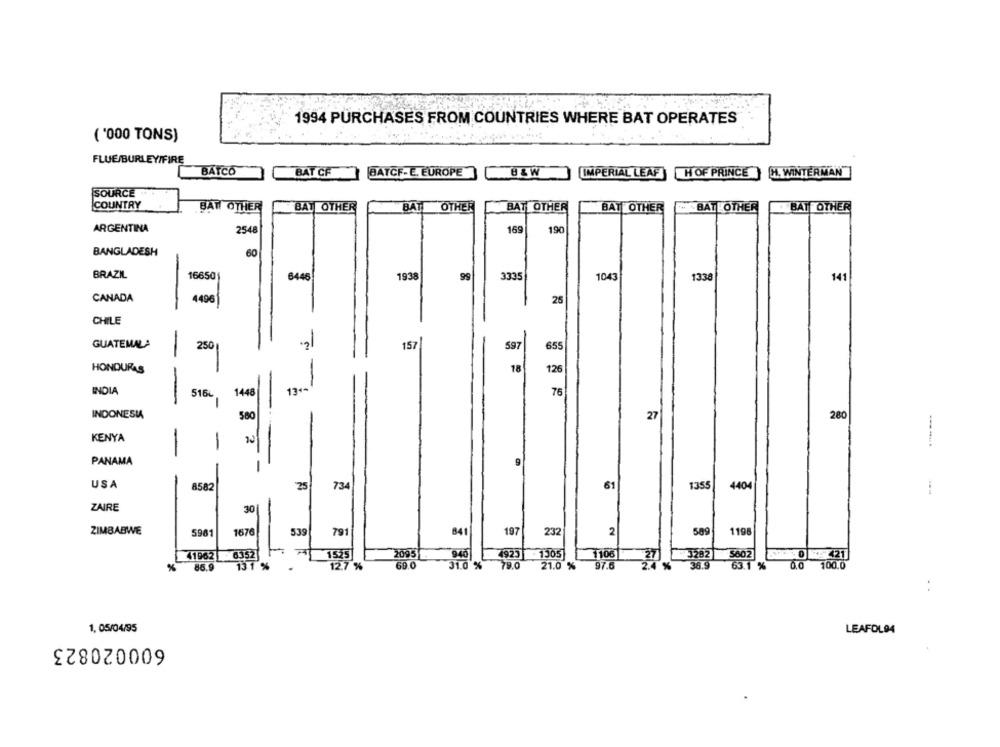
1994 PURCHASES FROM COUNTRIES WHERE BAT OPERATES
( '000 TONS)
FLUE/BURLEY/FIRE
BATCO
BAT CF
BATCF- E. EUROPE
8LW
IMPERIAL LEAF]
HOF PRINCE
H. WINTERMAN
SOURCE
COUNTRY
BATI OTHER
BAT OTHER
BAT OTHER
BAT OTHER
BAT OTHER
* BAT OTHER
BAT OTHER
ARGENTINA
2548
169
190
BANGLADESH
60
BRAZIL
16650
644
1938
99
3335
104
1338
141
CANADA
4496
25
CHILE
GUATEMALA
250
157
597
655
HONDURAS
18
126
-
13 **
INDIA
516L
1448
76
INDONESIA
580
27
280
KENYA
PANAMA
9
-
-
USA
25
734
61
1355
4404
8582
ZAIRE
30
ZIMBABWE
5981
1676
539
791
197
589
1198
841
232
2
41962 - 6352
4923
271
3282
1525
2095
940
1305
1106
5602
0
421
%
86.9
131 %
12.7 %
69.0
31.0 %
79.0
21.0 %
97.6
2.4 %
38.9
63.1 %
0.0
100.0
. .
1, 05/04/95
LEAFOL94
600020823